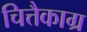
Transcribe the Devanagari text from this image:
चित्तैकाग्र